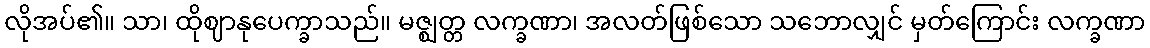
လိုအပ်၏။ သာ၊ ထိုဈာနုပေက္ခာသည်။ မဇ္ဈတ္တ လက္ခဏာ၊ အလတ်ဖြစ်သော သဘောလျှင် မှတ်ကြောင်း လက္ခဏာ